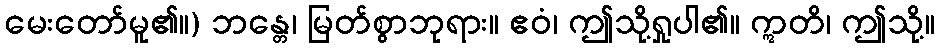
မေးတော်မူ၏။) ဘန္တေ၊ မြတ်စွာဘုရား။ ဧဝံ၊ ဤသို့ရှုပါ၏။ ဣတိ၊ ဤသို့။